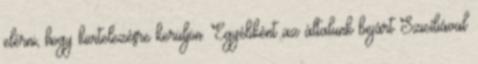
elérni, hogy kivitelezésre kerüljön. Egyébként az általunk bejárt Szicíliával